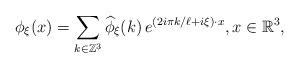
LaTeX: \begin{align*} \phi_\xi(x)=\sum_{k\in \mathbb{Z}^3}\widehat{\phi}_{\xi}(k)\,e^{(2i\pi k/\ell+i\xi)\cdot x}, x\in \mathbb{R}^3,\end{align*}